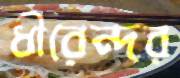
ধীরেন্দর